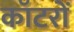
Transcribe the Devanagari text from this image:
कॉटरों